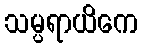
သမ္ပရာယိကေ